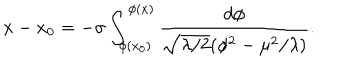
x - x _ { 0 } = - \sigma \int _ { \phi ( x _ { 0 } ) } ^ { \phi ( x ) } \frac { d \phi } { \sqrt { \lambda / 2 } ( \phi ^ { 2 } - \mu ^ { 2 } / \lambda ) } .